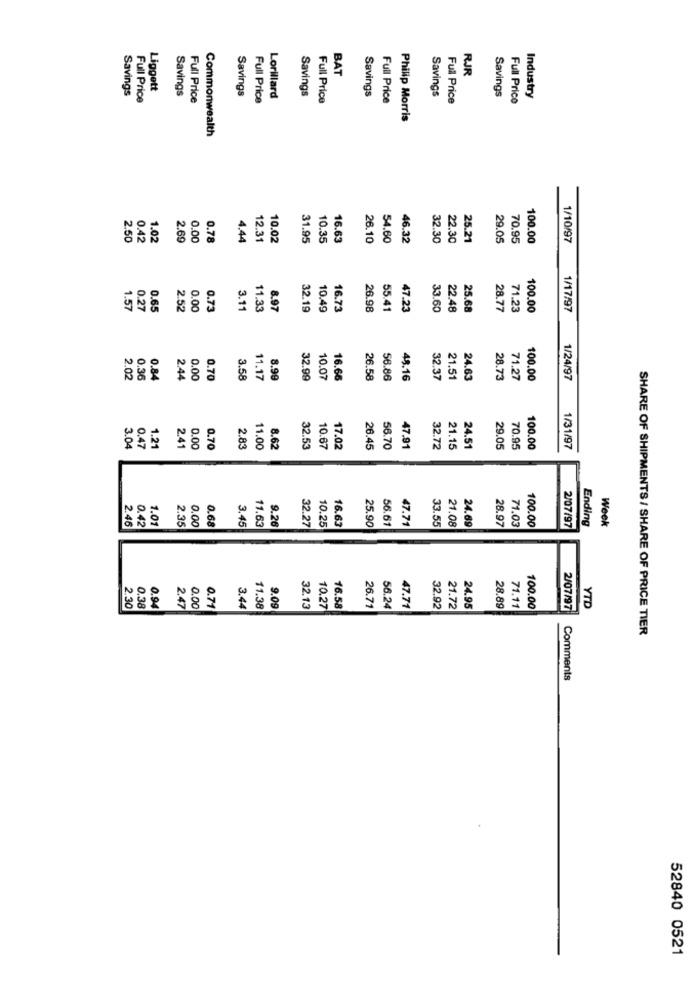
BAT
RJR
Savings
Liggett
Savings
Savings
Savings
Savings
Full Price
Full Price
Full Price
Lorillard
Savings
Full Price
Full Price
Savings
Full Price
Full Price
Industry
Philip Morris
Commonwealth
2.50
0.42
1.02
2.69
0.00
0.78
4.44
12.31
10.02
31.95
10.35
16.63
26.10
54.60
46.32
32.30
22.30
25.21
29.05
70.95
100.00
1/10/97
1.57
0.27
0.65
2.52
0.00
0.73
3.11
11.33
8.97
32.19
10.49
16.73
26.98
55.41
47.23
33.60
22.48
25.68
28.77
71.23
100.00
1/17/97
2.4
2.02
0.36
0.84
0.00
0.70
3.58
11.17
8.99
32.99
10.07
16.66
26.58
56.86
48.16
32.37
21.51
24.63
28.73
71.27
100.00
1/24/97
1.2
2.41
3.04
0.47
0.00
0.70
2.83
11.00
8.62
32.53
10.67
17.02
26.45
56.70
47.91
32.72
21.15
24.51
29.05
70.95
100.00
1/31/97
0.42
1.01
2.35
0.00
9.26
32.27
56.61
47.71
33.55
21.08
24.69
71.03
100.00
Ending
Week
2.46
0.68
3.45
11.63
10.25
16.63
25.90
28.97
2/07/97
YTD
2.30
0.38
0.94
2.47
0.00
0.71
3.44
11.38
9.09
32.13
10.27
16.58
26.71
56.24
47.71
32.92
21.72
24.95
28.89
71.11
100.00
2/07/97
SHARE OF SHIPMENTS / SHARE OF PRICE TIER
Comments
52840 0521